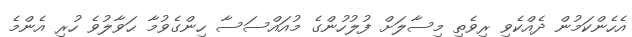
އެހެންކަމުން ދެއްކެވި ރިވެތި މިސާލަަށް ފުލުހުންގެ މުއައްސަސާ ހިންގެވުމާ ޙަވާލުވެ ހުރި އެންމެ